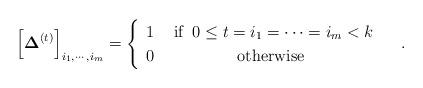
LaTeX: \begin{align*}\left[\boldsymbol{\Delta}^{(t)}\right]_{i_{1},\cdots,i_{m}}=\begin{cases}\begin{array}{cc}1 & \mbox{ if }\:0\le t=i_{1}=\cdots=i_{m}<k\\0 & \mbox{otherwise}\end{array}\end{cases}.\end{align*}